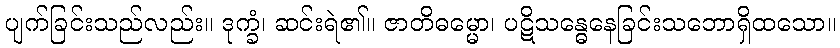
ပျက်ခြင်းသည်လည်း။ ဒုက္ခံ၊ ဆင်းရဲ၏။ ဇာတိဓမ္မော၊ ပဋိသန္ဓေနေခြင်းသဘောရှိထသော။